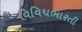
વિવિધભારતી